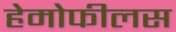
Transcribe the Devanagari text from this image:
हेमोफीलस